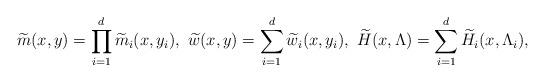
LaTeX: \begin{align*}\widetilde{m} (x,y )=\prod_{i=1}^{d}\widetilde{m}_i (x,y_i ),\ \widetilde{w} (x,y )=\sum_{i=1}^{d}\widetilde{w}_i (x,y_i ),\ \widetilde{H} (x,\Lambda )=\sum_{i=1}^{d}\widetilde{H}_i (x,\Lambda_{i}),\end{align*}